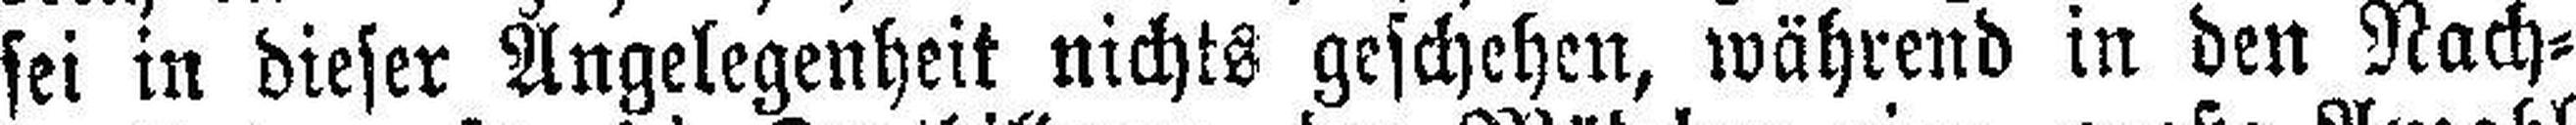
sei in dieser Angelegenheit nichts geschehen, während in den Nach¬